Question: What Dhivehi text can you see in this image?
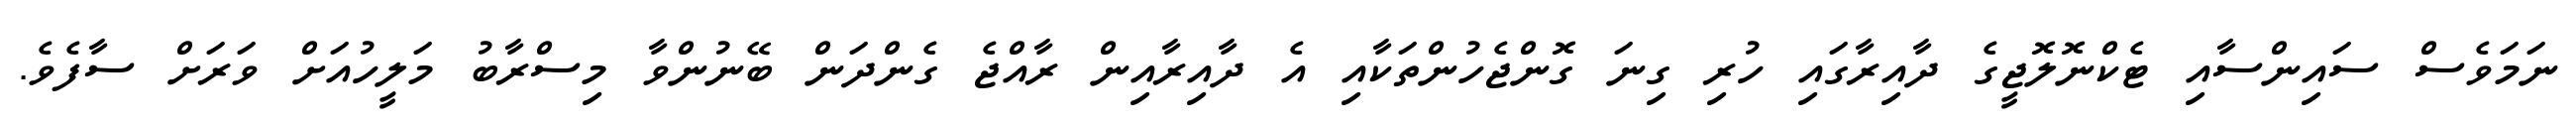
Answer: ނަމަވެސް ސައިންސާއި ޓެކްނޮލޮޖީގެ ދާއިރާގައި ހުރި ގިނަ ގޮންޖެހުންތަކާއި އެ ދާއިރާއިން ރާއްޖެ ގެންދަން ބޭނުންވާ މިސްރާބު މަލީހުއަށް ވަރަށް ސާފެވެ.